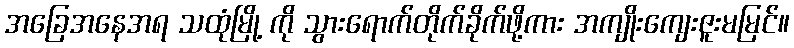
အခြေအနေအရ သထုံမြို့ ကို သွားရောက်တိုက်ခိုက်ဖို့ကား အကျိုးကျေးဇူးမမြင်။